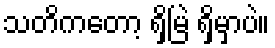
သတိကတော့ ရှိမြဲ ရှိမှာပဲ။